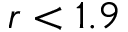
r < 1 . 9